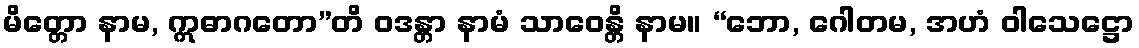
မိတ္တော နာမ, ဣဓာဂတော”တိ ဝဒန္တာ နာမံ သာဝေန္တိ နာမ။ “ဘော, ဂေါတမ, အဟံ ဝါသေဋ္ဌော